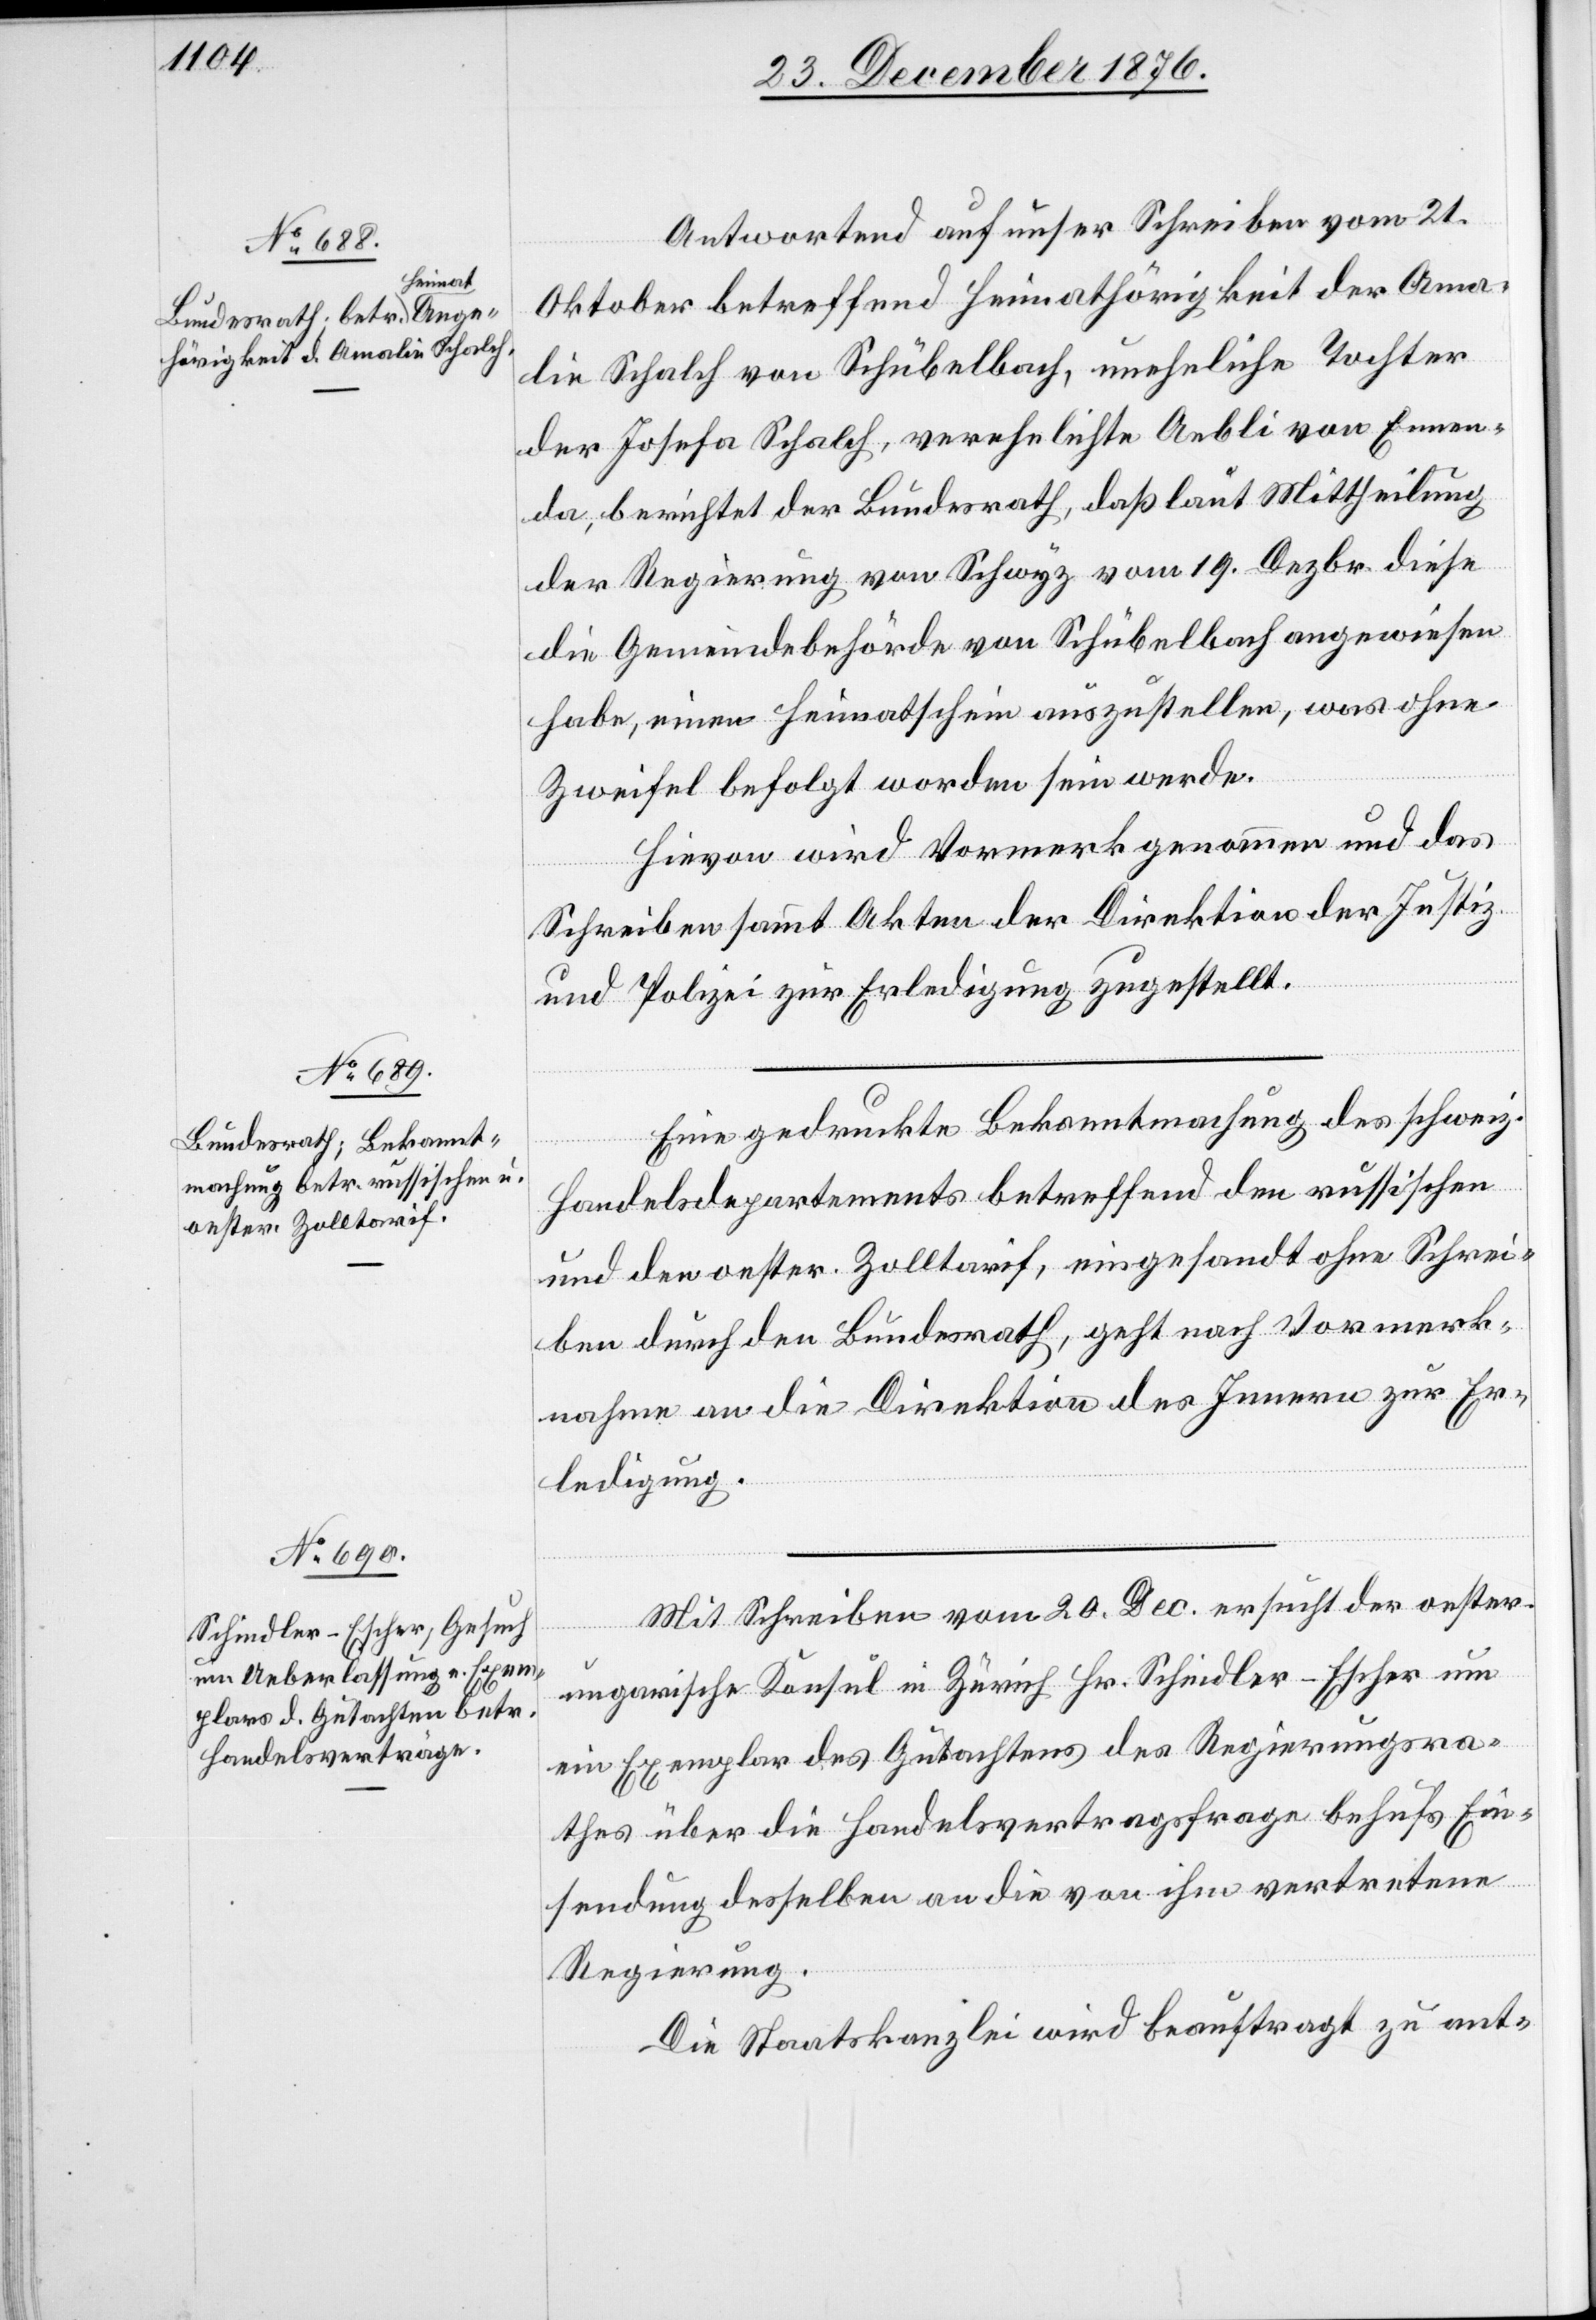
Antwortend auf unser Schreiben vom 21.
Oktober betreffend Heimathörigkeit der Ama¬
lie Schalch von Schübelbach, uneheliche Tochter
der Josefa Schalch, verehelichte Aebli von Ennen¬
da, berichtet der Bundesrath, daß laut Mittheilung
der Regierung von Schwyz vom 19. Dezbr. diese
die Gemeindebehörde von Schübelbach angewiesen
habe, einen Heimatschein auszustellen, was ohne
Zweifel befolgt worden sein werde.
Hievon wird Vormerk genommen und das
Schreiben sammt Akten der Direktion der Justiz
und Polizei zur Erledigung zugestellt.
Eine gedruckte Bekanntmachung des schweiz.
Handelsdepartements betreffend den russischen
und oester. Zolltarif, eingesandt ohne Schrei¬
ben durch den Bundesrath, geht nach Vormerk¬
nahme an die Direktion des Innern zur Er¬
ledigung.
Mit Schreiben vom 20. Dec. ersucht der oester.
ungarische Konsul in Zürich Hr. Schindler-Escher um
ein Exemplar des Gutachtens des Regierungsra¬
thes über die Handelsvertragsfrage behufs Ein¬
sendung desselben an die von ihm vertretene
Regierung.
Die Staatskanzlei wird beauftrag zu ant-